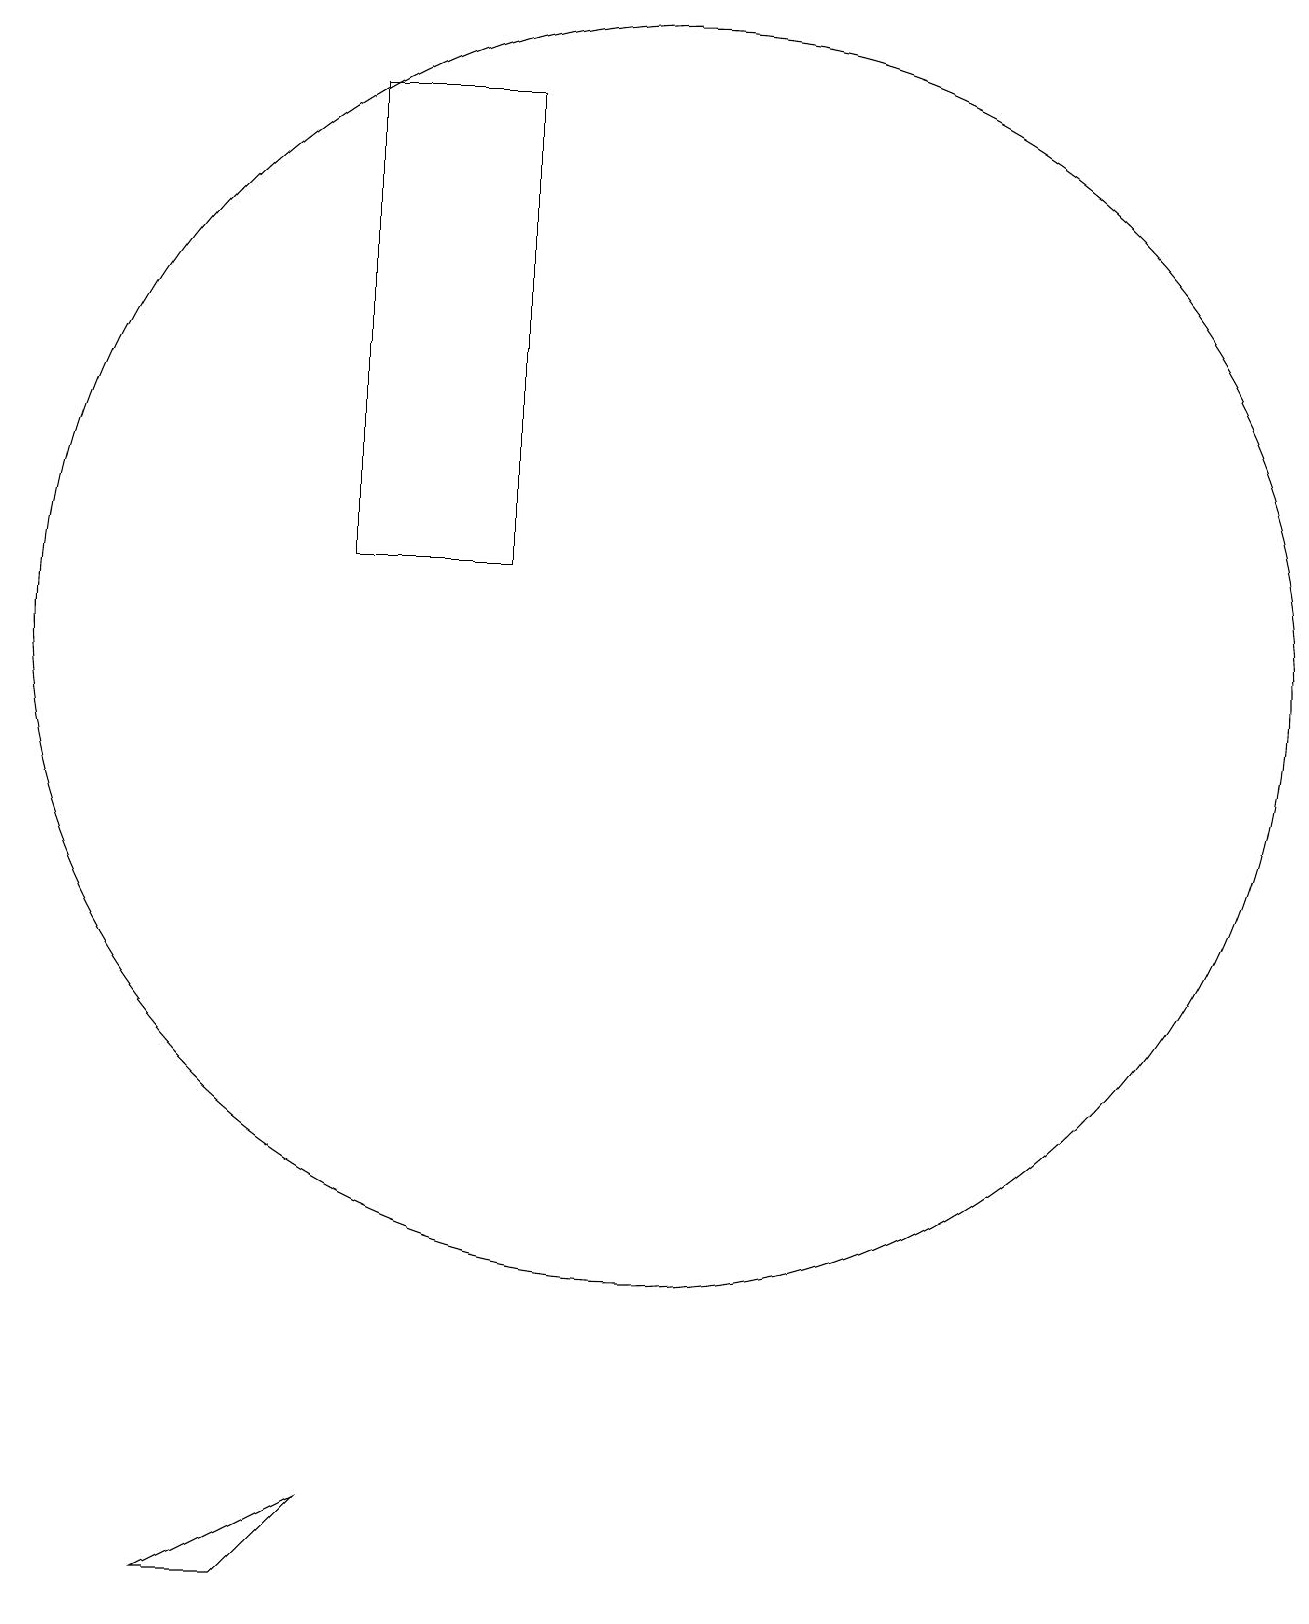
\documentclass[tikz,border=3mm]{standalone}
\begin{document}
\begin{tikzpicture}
\draw (5,0) -- (7,1) -- (6,0) -- cycle;
\draw (7,19) rectangle (9,13);
\draw (10,10) circle (0);
\draw (11,12) circle (8);
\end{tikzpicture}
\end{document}